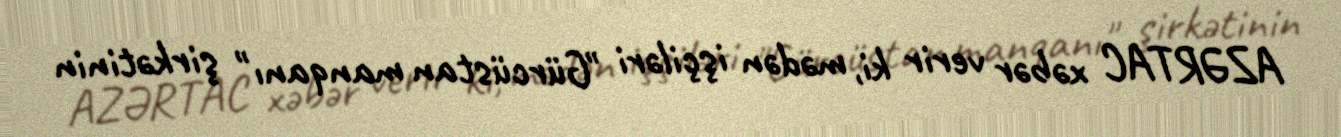
AZƏRTAC xəbər verir ki, mədən işçiləri "Gürcüstan manqanı" şirkətinin